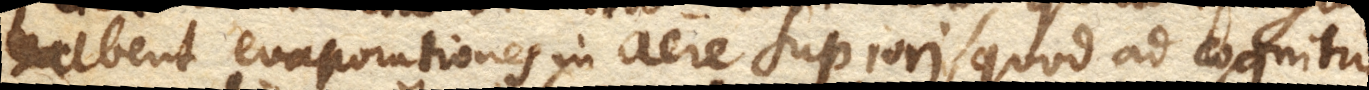
habent evaporationes in aere superiori, quod ad cognitio–